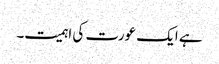
ہے ایک عورت کی اہمیت۔